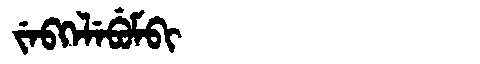
Manchu: ᠵᡝᠪᡴᡝᠯᡝᠪᡠᠮᠪᡳ
Romanization: JEBKELEBUMBI